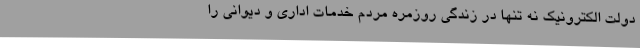
دولت الکترونیک نه تنها در زندگی روزمره مردم خدمات اداری و دیوانی را